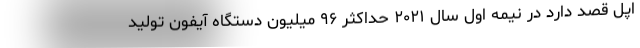
اپل قصد دارد در نیمه اول سال ۲۰۲۱ حداکثر ۹۶ میلیون دستگاه آیفون تولید